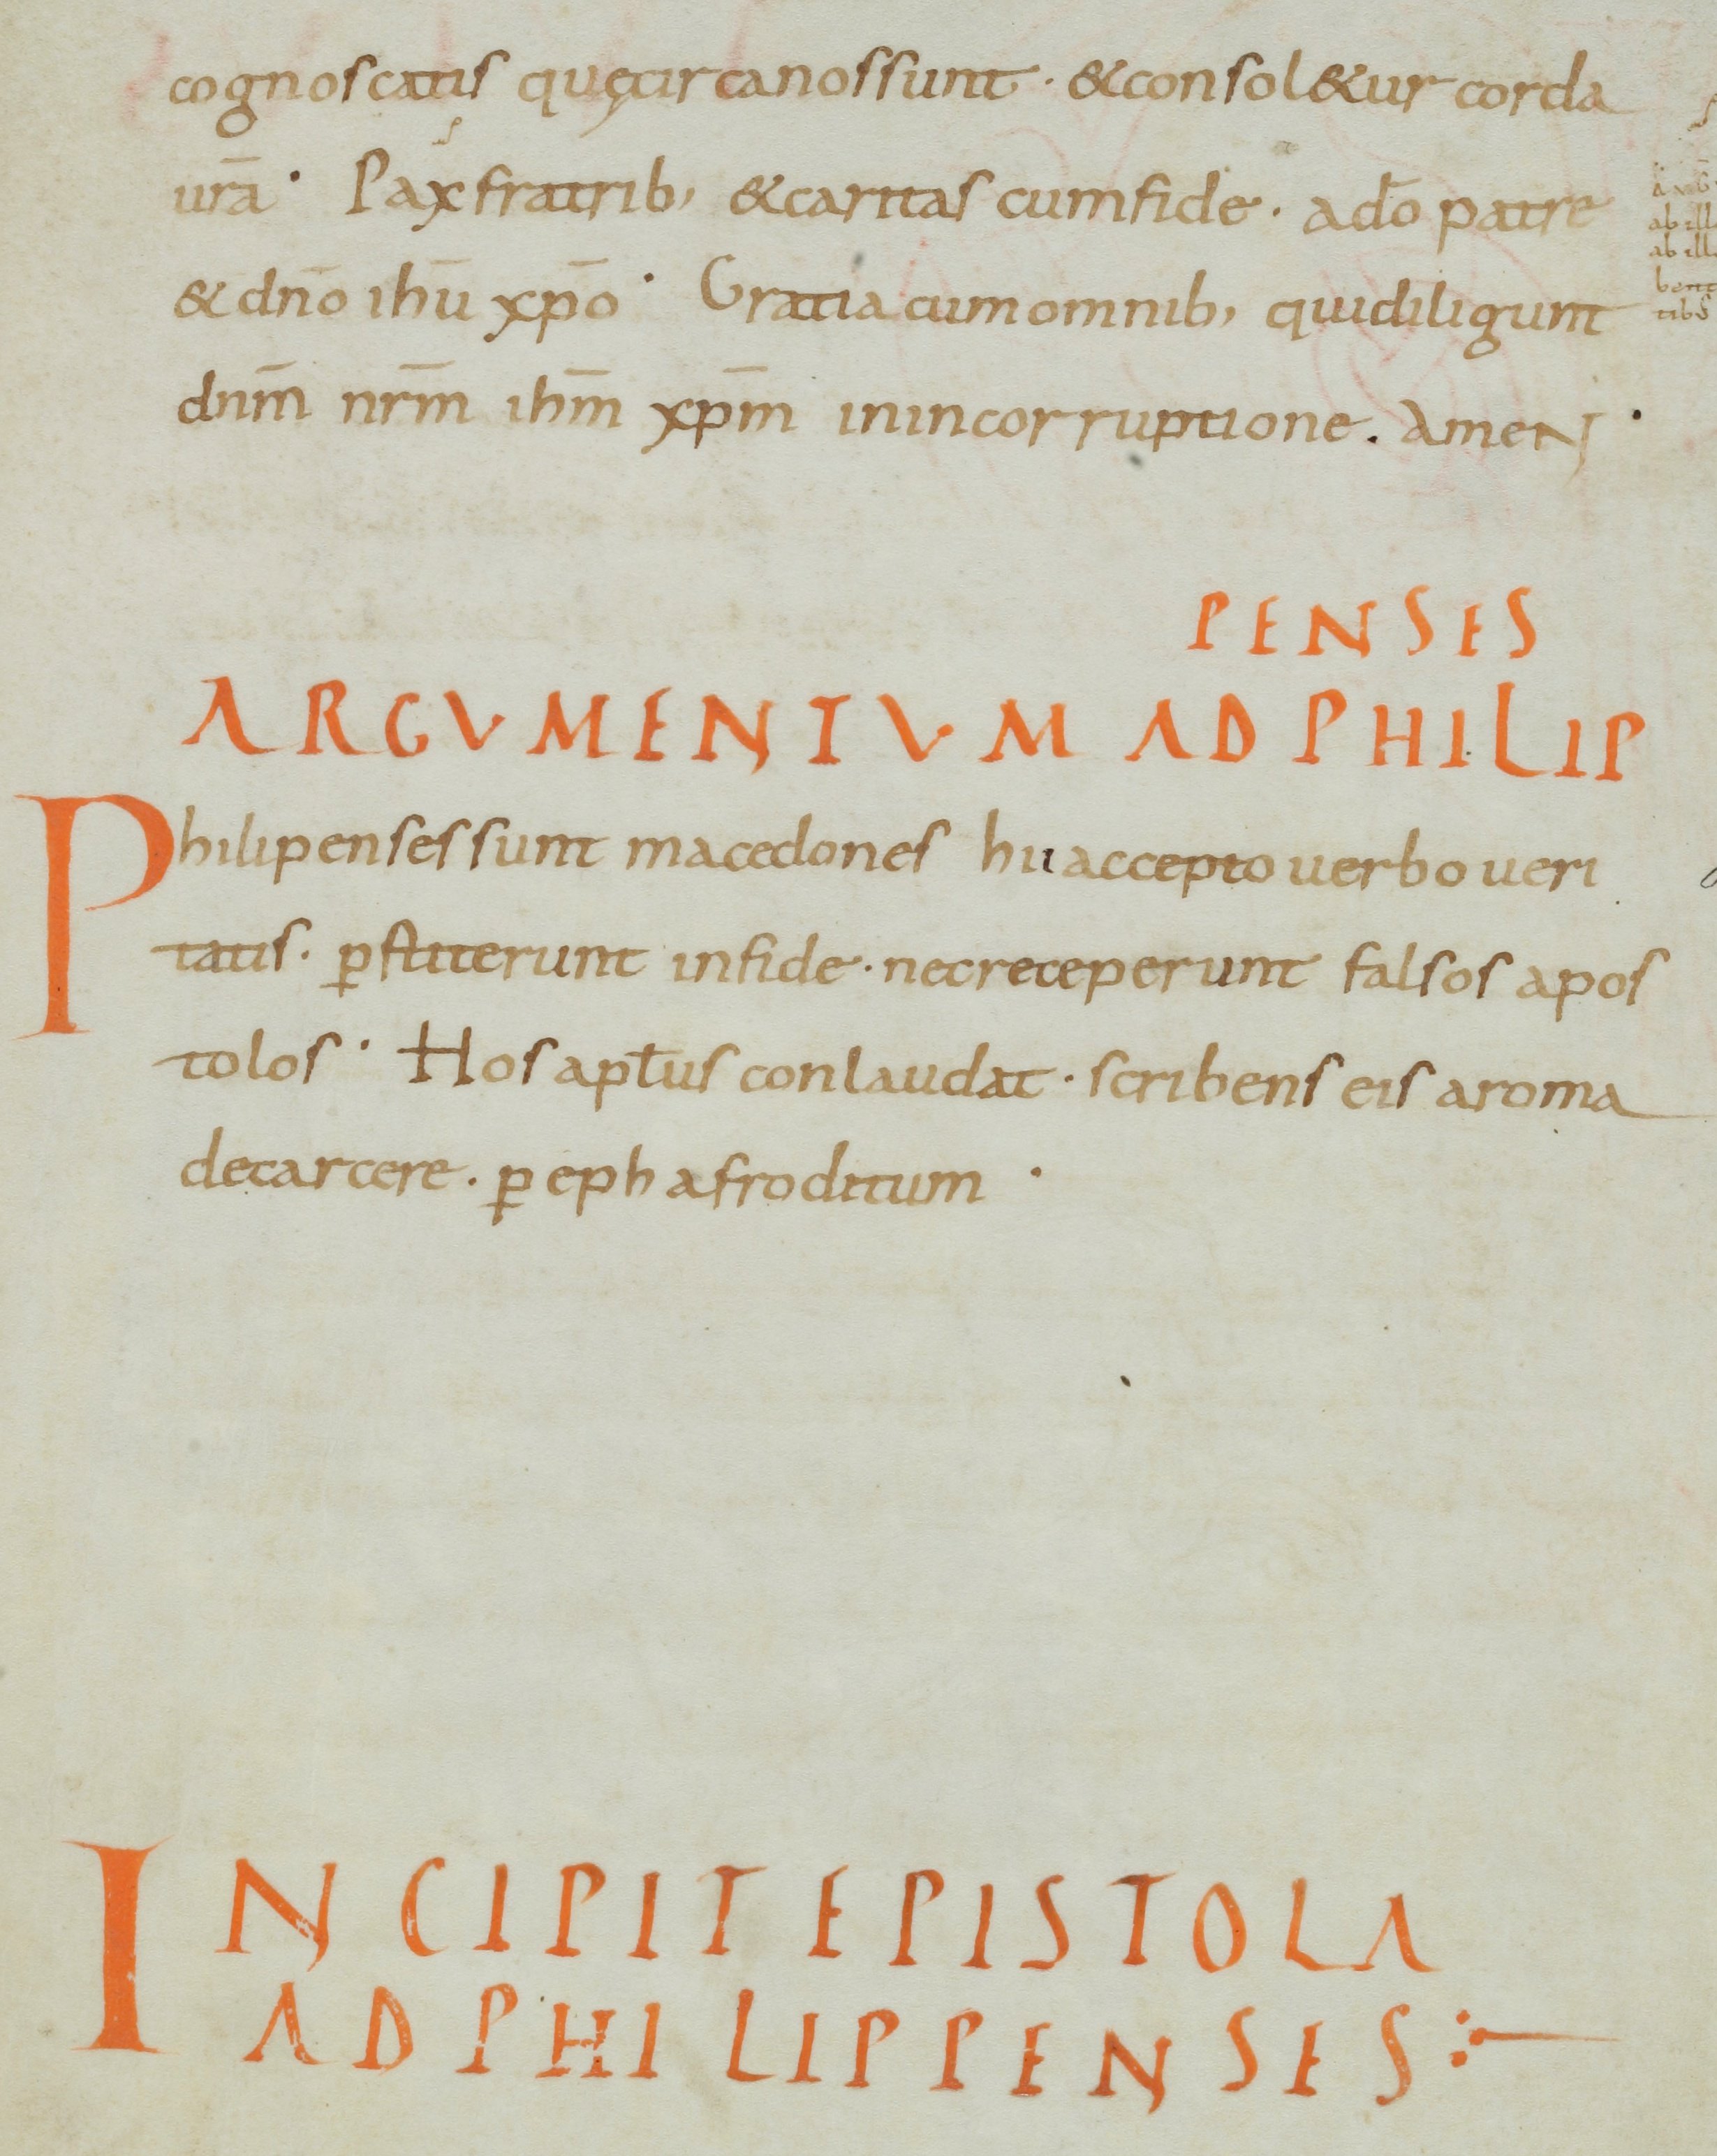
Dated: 800–899